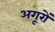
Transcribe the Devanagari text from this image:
अगूरों